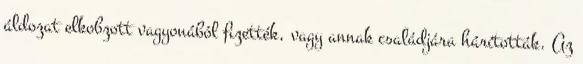
áldozat elkobzott vagyonából fizették, vagy annak családjára hárították. Az